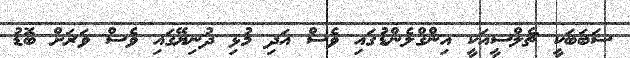
ސަބަބަކީ ޗެލްސީއަކީ އިންގްލެންޑުގައި ވެސް އަދި މުޅި ދުނިޔޭގައި ވެސް ވަރަށް ބޮޑު